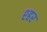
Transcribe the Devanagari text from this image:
श्हर